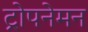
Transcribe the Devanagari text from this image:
ट्रोपनेमन